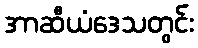
အာဆီယံဒေသတွင်း